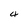
Character: 4